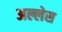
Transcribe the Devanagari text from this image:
अल्लेस